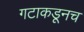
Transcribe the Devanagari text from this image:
गटाकडूनच